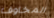
المخاوف